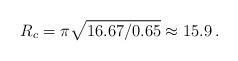
LaTeX: \begin{align*} R_c=\pi \sqrt{16.67/0.65} \approx 15.9 \, . \end{align*}